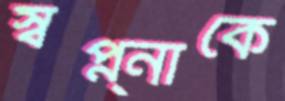
স্বপ্ন্নাকে